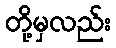
တို့မှလည်း